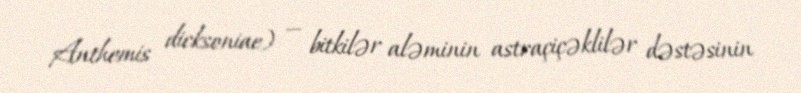
Anthemis dicksoniae) — bitkilər aləminin astraçiçəklilər dəstəsinin